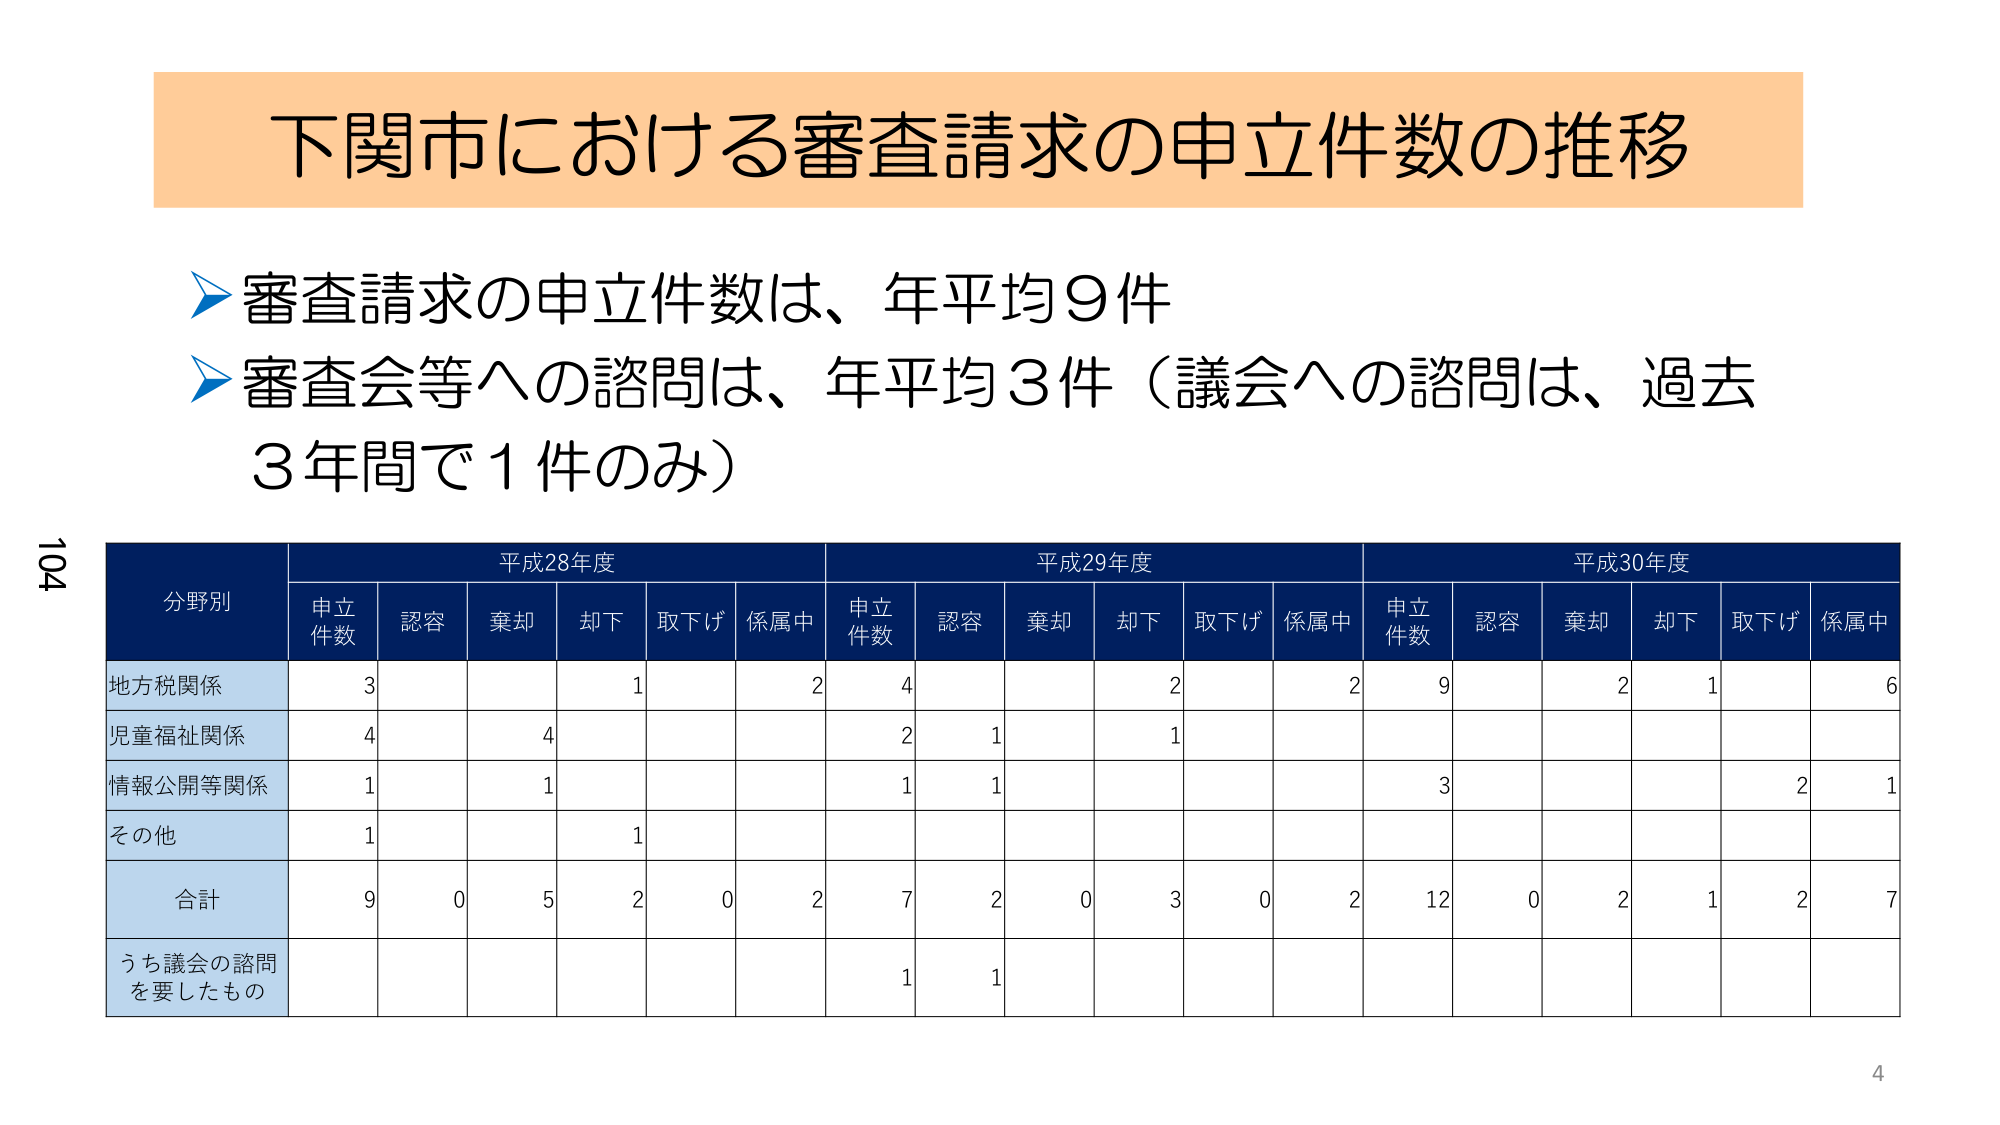
下関市における審査請求の申立件数の推移

審査請求の申立件数は、年平均9件
審査会等への諮問は、年平均3件（議会への諮問は、過去3年間で1件のみ）

分野別 平成28年度 平成29年度 平成30年度
申立件数 認容 棄却 却下 取下げ 係属中 申立件数 認容 棄却 却下 取下げ 係属中 申立件数 認容 棄却 却下 取下げ 係属中
地方税関係 3 1 2 4 2 2 9 2 1 6
児童福祉関係 4 4 2 1 1
情報公開等関係 1 1 1 1 3 2 1
その他 1 1
合計 9 0 5 2 0 2 7 2 0 3 0 2 12 0 2 1 2 7
うち議会の諮問を要したもの 1 1

104
4